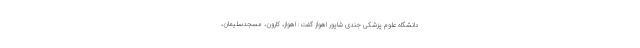
دانشگاه علوم پزشکی جندی شاپور اهواز گفت: اهواز، کارون، مسجدسلیمان،